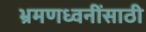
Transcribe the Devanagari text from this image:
भ्रमणध्वनींसाठी